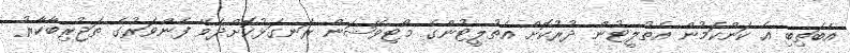
އެބަތިބި އެ ކަންކަމުން އެތުލީޓުން ދުރުކޮށް އެތުލީޓުންގެ މޯޓިވޭޝަން ރަނގަޅުކޮށްދެވޭ ފެންވަރުގެ ތަޖުރިބާކާރު